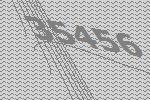
35456